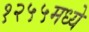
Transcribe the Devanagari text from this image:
१२५५मध्ये